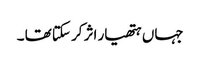
جہاں ہتھیار اثر کر سکتا تھا ۔